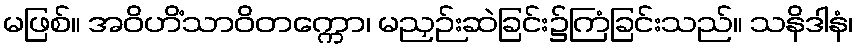
မဖြစ်။ အဝိဟိံသာဝိတက္ကော၊ မညှဉ်းဆဲခြင်း၌ကြံခြင်းသည်။ သနိဒါနံ၊